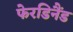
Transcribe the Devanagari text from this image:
फेरडिनैंड